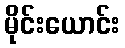
မိုင်းယောင်း